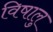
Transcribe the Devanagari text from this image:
विषालु